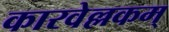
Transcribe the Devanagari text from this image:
कारवेल्लकम्‌